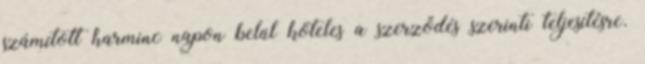
számított harminc napon belül köteles a szerződés szerinti teljesítésre.